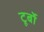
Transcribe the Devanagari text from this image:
टूर्बो